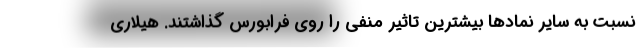
نسبت به سایر نمادها بیشترین تاثیر منفی را روی فرابورس گذاشتند. هیلاری